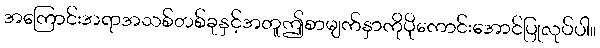
အကြောင်းအရာအသစ်တစ်ခုနှင့်အတူဤစာမျက်နှာကိုပိုကောင်းအောင်ပြုလုပ်ပါ။